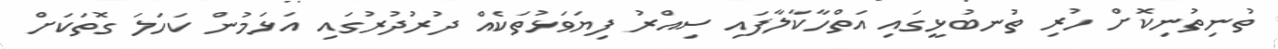
ތުނިތުނިކޮށް ހުރި ތުނބުޅީގައި އަތްހާކާލާފައި ސިއްރު ފިޔަވަޅުތަކެއް ދުރުދުރުގައި އަޅަމުން ކަހަލަ ގޮތަކަށް